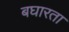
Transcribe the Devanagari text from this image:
बघारता